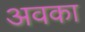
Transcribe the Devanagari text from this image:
अवका